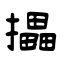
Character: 攂